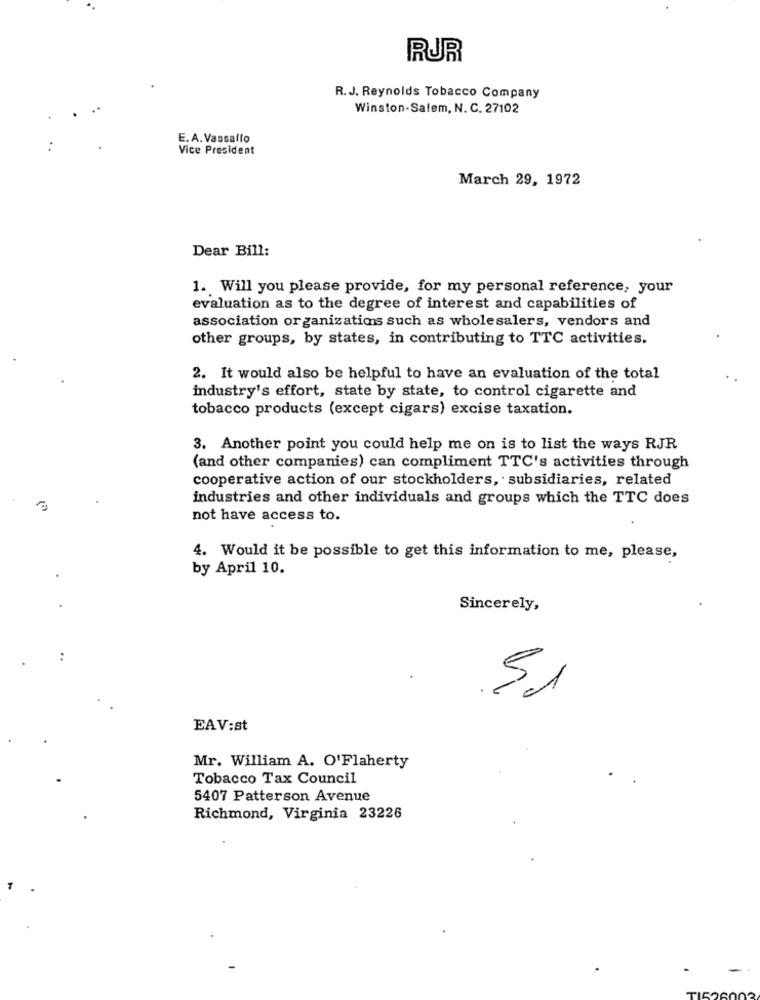
RUR
R.J. Reynolds Tobacco Company
Winston-Salem, N. C. 27102
E. A. Vassallo
Vice President
March 29, 1972
Dear Bill:
1. Will you please provide, for my personal reference, your
evaluation as to the degree of interest and capabilities of
association organizations such as wholesalers, vendors and
other groups, by states, in contributing to TTC activities.
2. It would also be helpful to have an evaluation of the total
industry's effort, state by state, to control cigarette and
tobacco products (except cigars) excise taxation.
3. Another point you could help me on is to list the ways RJR
(and other companies) can compliment TTC's activities through
cooperative action of our stockholders, subsidiaries, related
industries and other individuals and groups which the TTC does
not have access to.
4. Would it be possible to get this information to me, please,
by April 10.
Sincerely,
51
EAV:st
Mr. William A. O'Flaherty
Tobacco Tax Council
5407 Patterson Avenue
Richmond, Virginia 23226